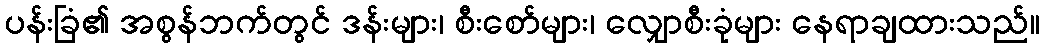
ပန်းခြံ၏ အစွန်ဘက်တွင် ဒန်းများ၊ စီးစော်များ၊ လျှောစီးခုံများ နေရာချထားသည်။